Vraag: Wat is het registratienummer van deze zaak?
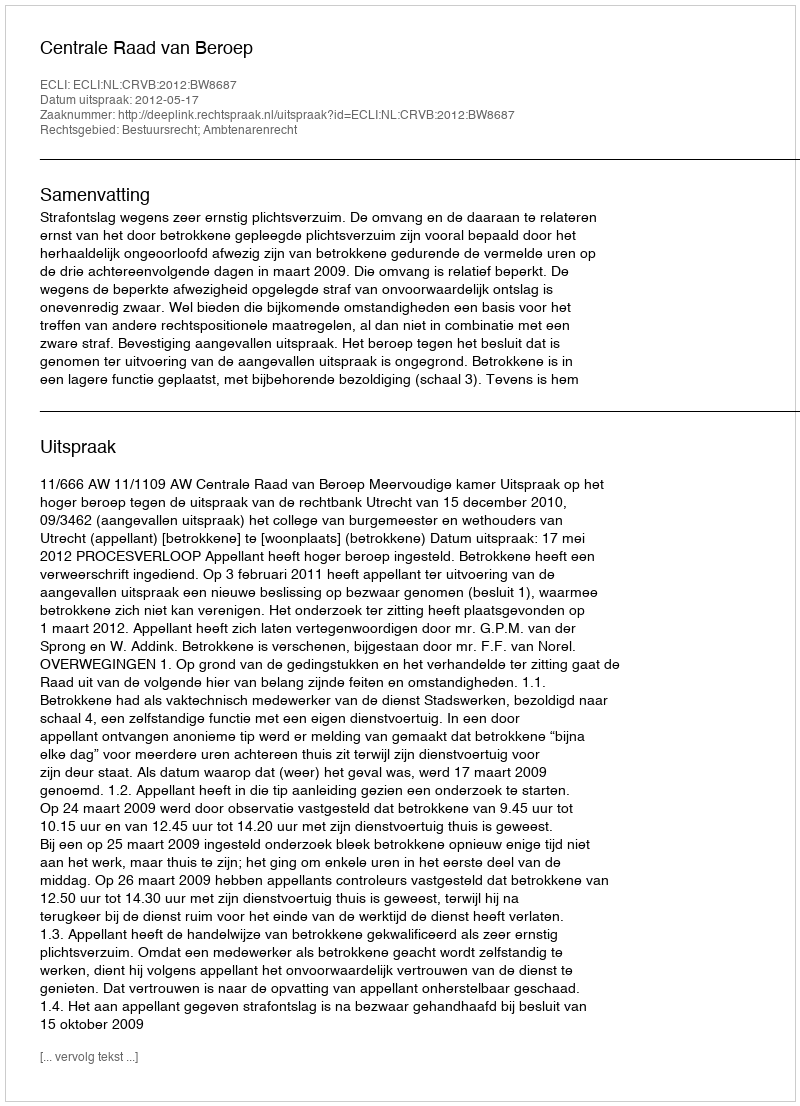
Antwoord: http://deeplink.rechtspraak.nl/uitspraak?id=ECLI:NL:CRVB:2012:BW8687